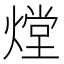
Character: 𤎌